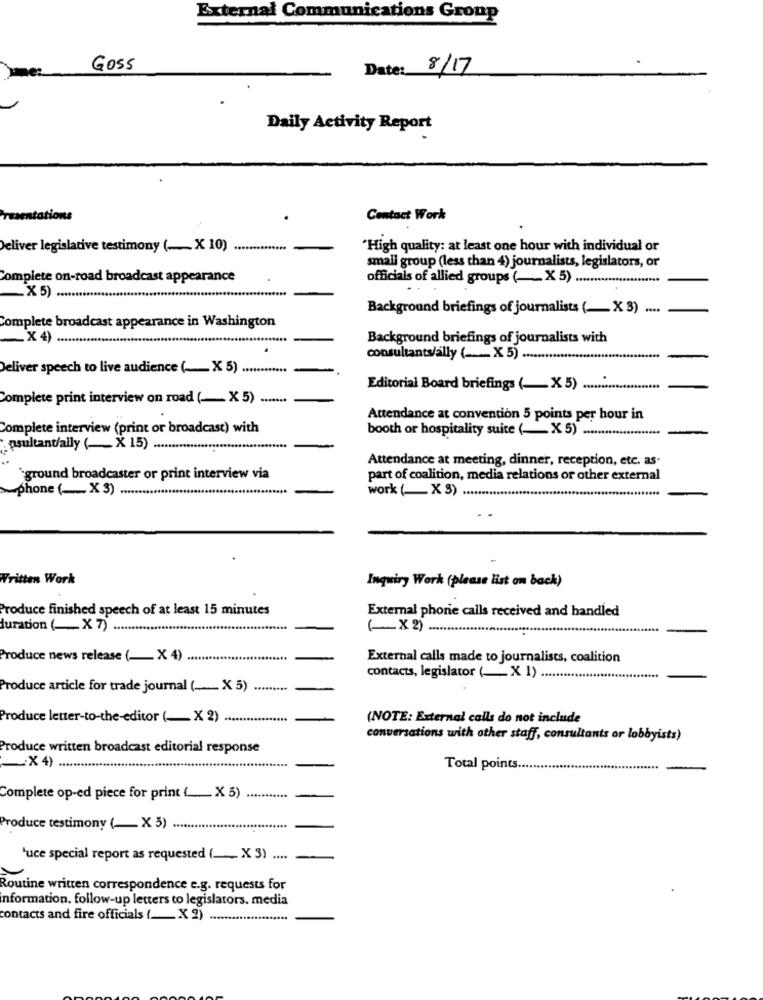
External Communications Group
Goss
Date: 8/17
Daily Activity Report
Contact Work
Deliver legislative testimony (_ X 10)
"High quality: at least one hour with individual or
small group (less than 4) journalists, legislators, or
plete on-road broadcast appearance
officials of allied groups (_X 5)
.X 5)
Background briefings of journalists (_ X3) .
Complete broadcast appearance in Washington
X 4) ..
Background briefings of journalists with
consultants/ally ( ___ X 5).
Deliver speech to live audience ( __ X 5) ............
Editorial Board briefings ( __ X 5)
Complete print interview on road (- X5) .......
Attendance at convention 5 points per hour in
Complete interview (print or broadcast) with
booth or hospitality suite (-X5) .***
psultant/ally ( ___ X 15)
Attendance at meeting, dinner, reception, etc. as.
`ground broadcaster or print interview via
part of coalition, media relations or other external
phone ( __ X 3) ....
work ( ___ X 3) ....
Written Work
Inquiry Work (please list on back)
Produce finished speech of at least 15 minutes
External phone calls received and handled
duration ( __ X 7)
(-×2) ...
Produce news release ( __ X 4)
External calls made to journalists, coalition
contacts, legislator ( ___ X 1) .
Produce article for trade journal ( ___ X 5)
.........
Produce letter-to-the-editor ( ___ X 2)
(NOTE: External calls do not include
conversations with other staff, consultants or lobbyists)
Produce written broadcast editorial response
:X 4)
Total points.
......
Complete op-ed piece for print ( _.___ X 5)
Produce testimony (_ X 3) ......
.....
'uce special report as requested ( ____ X 3) ....
Routine written correspondence e.g. requests for
information, follow-up letters to legislators. media
contacts and fire officials (_ X 2)